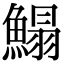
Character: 鰨